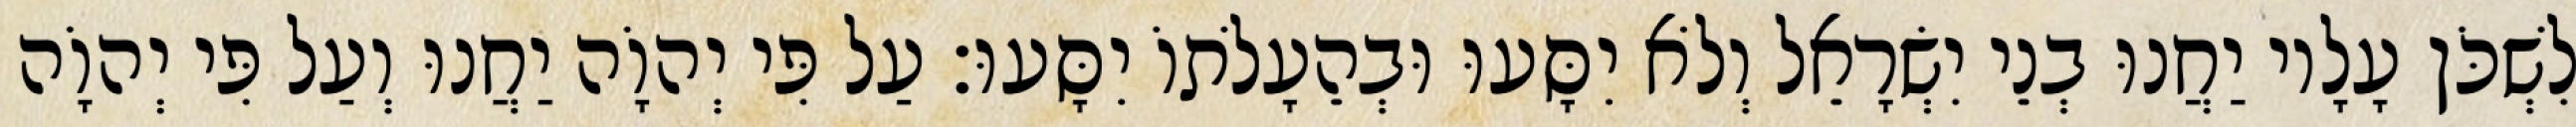
לִשְׁכֹּן עָלָיו יַחֲנוּ בְנֵי יִשְׂרָאֵל וְלֹא יִסָּעוּ וּבְהֵעָלֹתוֹ יִסָּעוּ׃ עַל פִּי יְהוָֹה יַחֲנוּ וְעַל פִּי יְהוָֹה